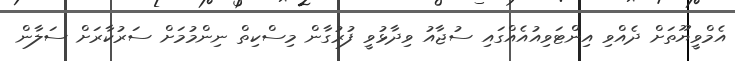
އެމްވީޔޫތަށް ދެއްވި އިންޓަވިއުއެއްގައި ސުޖާއު ވިދާޅުވީ ފުރުގާން މިސްކިތް ނިންމުމަށް ސަރުކާރަށް ސަލާން